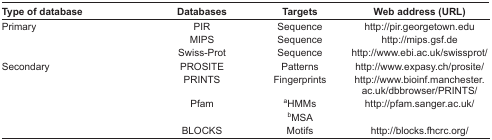
<table><thead><tr><td><b>Type of database</b></td><td><b>Databases</b></td><td><b>Targets</b></td><td><b>Web address (URL)</b></td></tr></thead><tbody><tr><td rowspan="3">Primary</td><td>PIR</td><td>Sequence</td><td>http://pir.georgetown.edu</td></tr><tr><td>MIPS</td><td>Sequence</td><td>http://mips.gsf.de</td></tr><tr><td>Swiss-Prot</td><td>Sequence</td><td>http://www.ebi.ac.uk/swissprot/</td></tr><tr><td rowspan="5">Secondary</td><td>PROSITE</td><td>Patterns</td><td>http://www.expasy.ch/prosite/</td></tr><tr><td>PRINTS</td><td>Fingerprints</td><td>http://www.bioinf.manchester.ac.uk/dbbrowser/PRINTS/</td></tr><tr><td rowspan="2">Pfam</td><td><sup>a</sup>HMMs</td><td rowspan="2">http://pfam.sanger.ac.uk/</td></tr><tr><td><sup>b</sup>MSA</td></tr><tr><td>BLOCKS</td><td>Motifs</td><td>http://blocks.fhcrc.org/</td></tr></tbody></table>